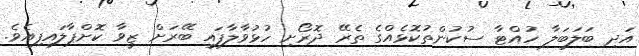
އަދި ބަލަބަލާ ހުއްޓާ ސުކުންތުކޮޅެއްގެ ތެރޭ ދޮރޯށި ހުޅުވާލާފައި ބޭރަށް ޒީވާ ކޮށްޕާލައިފިއެވެ.